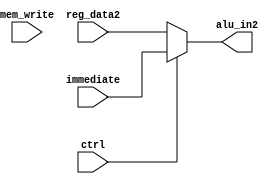
`timescale 1ns / 1ps
//////////////////////////////////////////////////////////////////////////////////
// Company: 
// 
// Design Name: 
// Module Name:    alusourcemux 
// Project Name: RISC V Processor Design
// Target Devices: 
// Tool versions: 
// Description: 
//
// Dependencies: 
//
// Revision: 
// Revision 0.01 - File Created
// Additional Comments: 
//
//////////////////////////////////////////////////////////////////////////////////
module alusourcemux(input [31:0] immediate, input [31:0] reg_data2, input ctrl, input mem_write, output [31:0]alu_in2
    );
assign alu_in2=ctrl?immediate:reg_data2;
endmodule